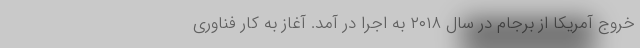
خروج آمریکا از برجام در سال ۲۰۱۸ به اجرا در آمد. آغاز به کار فناوری